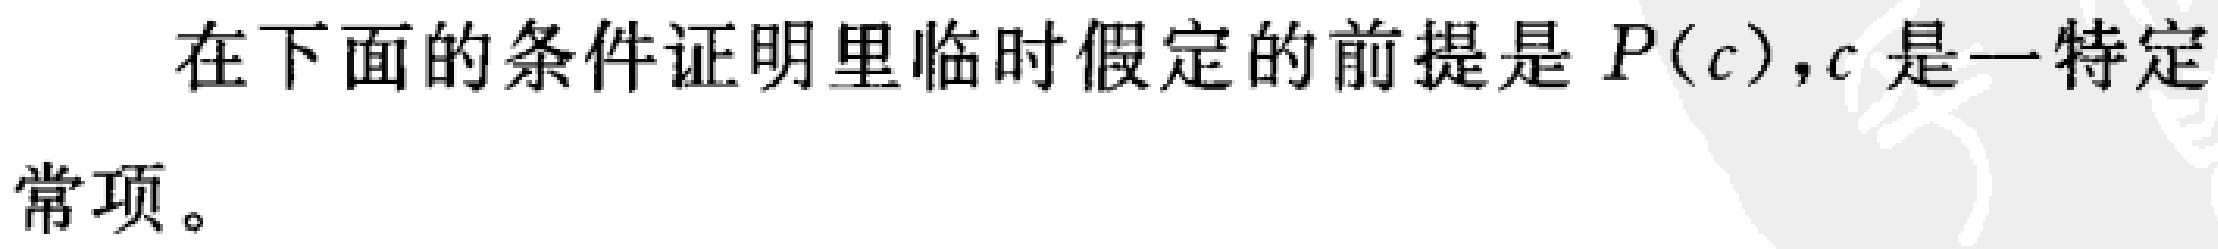
在下面的条件证明里临时假定的前提是 \(P(c)\)，\(c\) 是一特定常项。